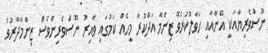
ނޫސްވެރިޔާއަކީ އޭނާއާއި ހަވާލުކުރެވޭ ޒިންމާ އަދާކުރާ މީހެއް ކަމުގައި ވާއިރު ނޫސްވެރިންވެސް ޒިންމާދާރުވެ